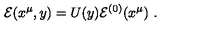
{ \cal E } ( x ^ { \mu } , y ) = U ( y ) { \cal E } ^ { ( 0 ) } ( x ^ { \mu } ) \ .